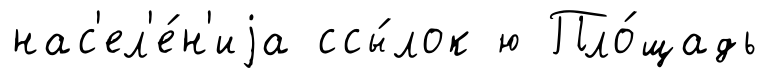
нас'ел'е́н'иjа ссы́лок ю Пло́щадь